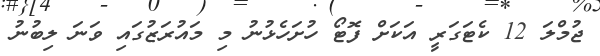
ޖުމްލަ 12 ކެޓަގަރީ އަކަށް ފޮޓޯ ހުށަހެޅުނު މި މައުރަޒުގައި ވަނަ ލިބުނު